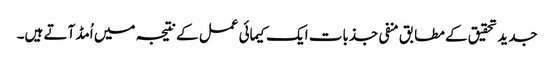
جدید تحقیق کے مطابق منفی جذبات ایک کیمائی عمل کے نتیجہ میں اُمڈ آتے ہیں۔